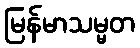
မြန်မာသမ္မတ